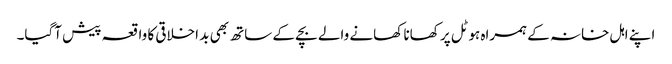
اپنے اہل خانہ کے ہمراہ ہوٹل پر کھانا کھانے والے بچے کے ساتھ بھی بد اخلاقی کا واقعہ پیش آگیا۔